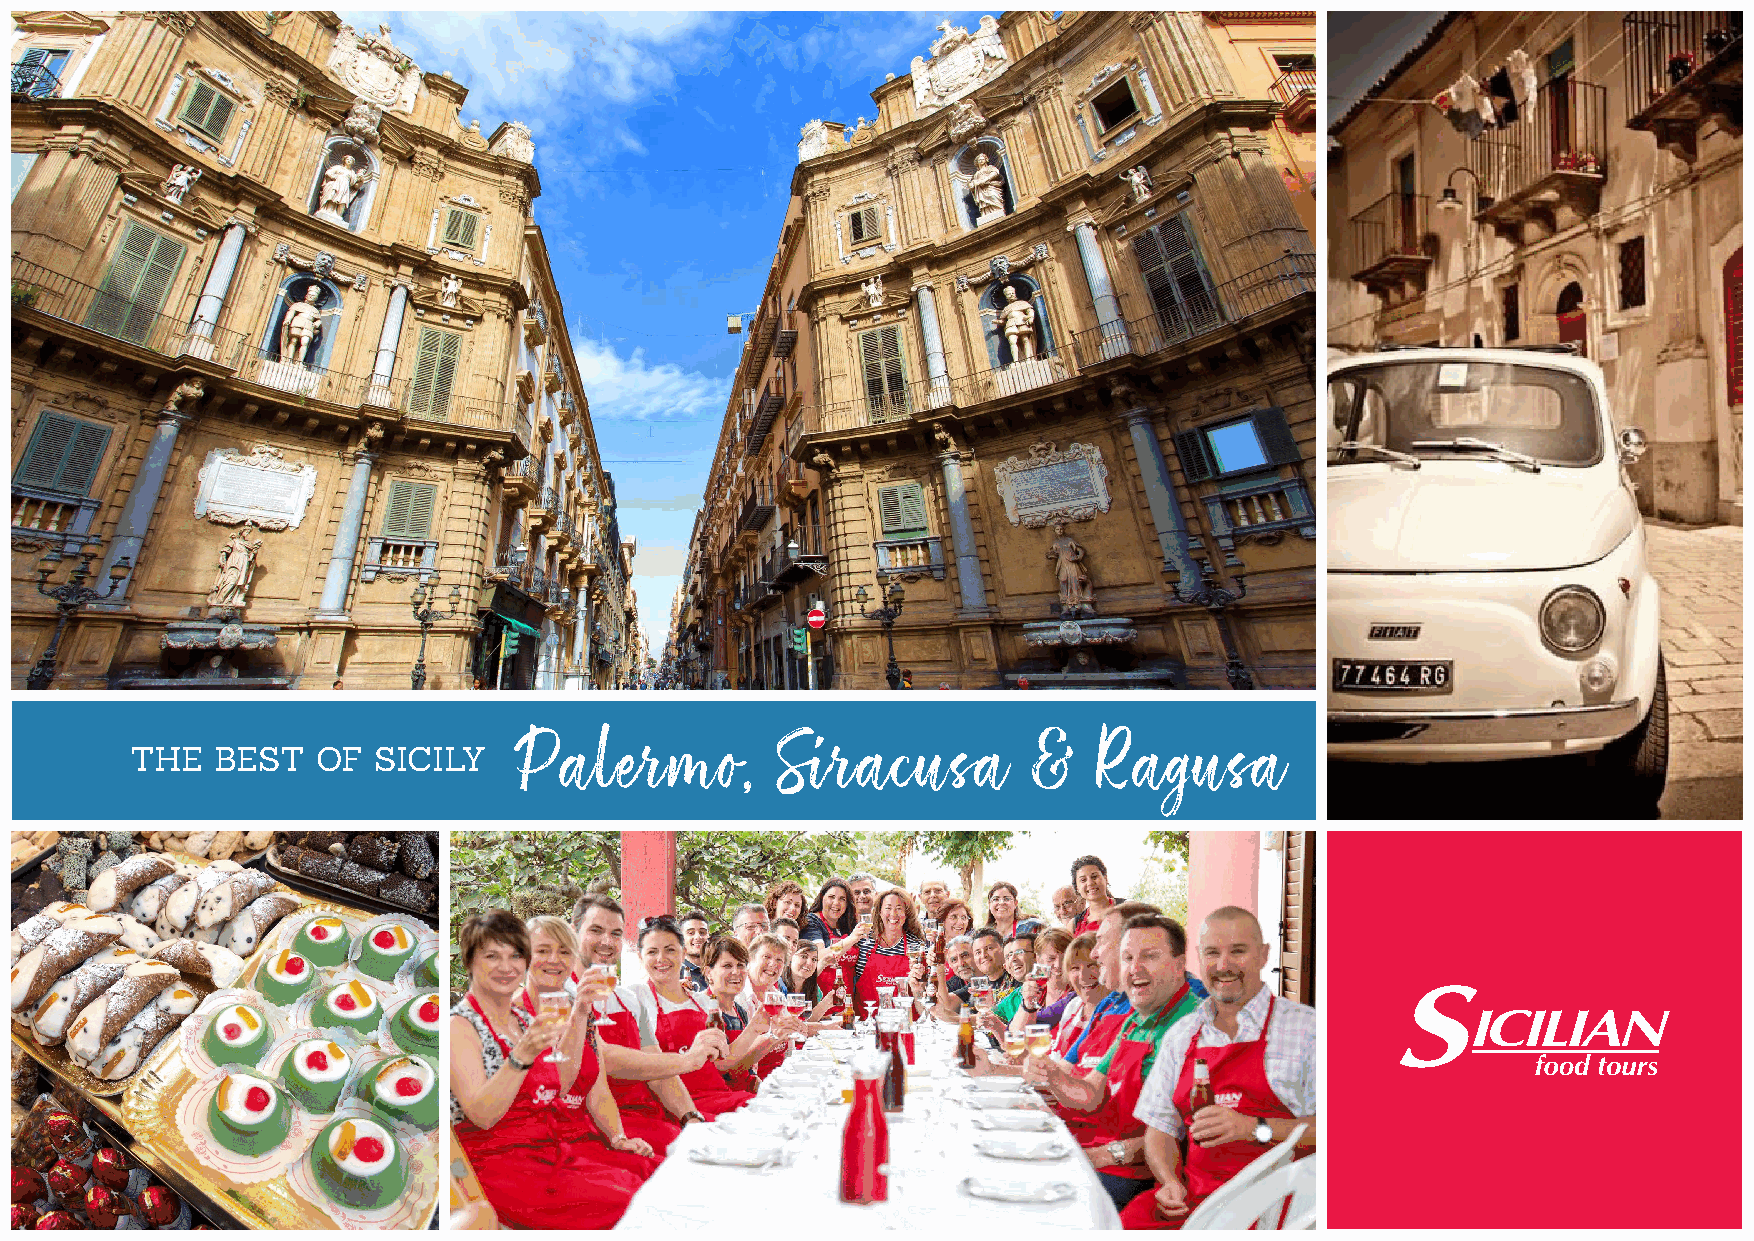
THE  BEST   OF  SICILY
 Palermo,         Siracusa         &   Ragusa